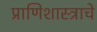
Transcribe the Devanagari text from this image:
प्राणिशास्त्राचे